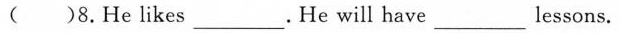
()8.He likes___. He will have ___ lessons.